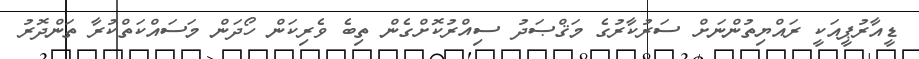
ޑީއާރުޕީއަކީ ރައްޔިތުންނަށް ސަރުކާރުގެ މަޤްޞަދު ސިއްރުކޮށްގެން ތިބެ ވެރިކަން ހޯދަން މަސައްކަތްކުރާ ތަންދޮރު